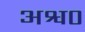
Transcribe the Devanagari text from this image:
अश्व०